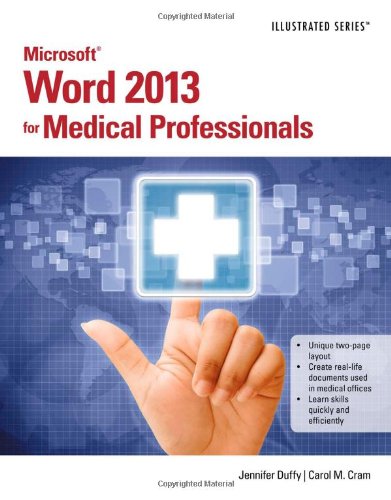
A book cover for Microsoft Word 2013 for Medical Professionals; Jennifer Duffy; Computers & Technology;